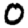
Digit: 0